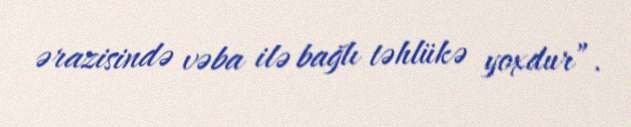
ərazisində vəba ilə bağlı təhlükə yoxdur”.